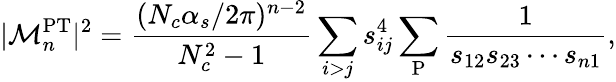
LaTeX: |{\cal M}_{n}^{\mathrm{PT}}|^{2}=\frac{(N_{c}\alpha_{s}/2\pi)^{n-2}}{N_{c}^{2}-1}\sum_{i>j}s_{ij}^{4}\sum_{\mathrm{P}}\frac{1}{s_{12}s_{23}\cdots s_{n1}},